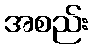
အစည်း